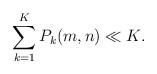
LaTeX: \begin{align*} \sum_{k=1}^K P_k(m,n) \ll K.\end{align*}